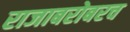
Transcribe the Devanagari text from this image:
राजाबरोबरच